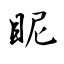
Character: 眤